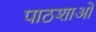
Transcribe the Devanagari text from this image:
पाठशाओं